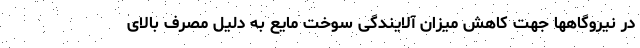
در نیروگاهها جهت کاهش میزان آلایندگی سوخت مایع به دلیل مصرف بالای